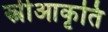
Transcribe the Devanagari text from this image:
स्त्रीआकृति